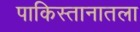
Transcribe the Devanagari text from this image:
पाकिस्तानातला